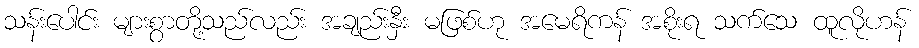
သန်းပေါင်း များစွာတို့သည်လည်း အချည်းနှီး မဖြစ်ဟု အမေရိကန် အစိုးရ သက်သေ ထူလိုဟန်